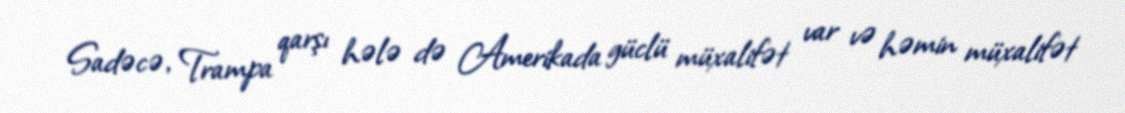
Sadəcə, Trampa qarşı hələ də Amerikada güclü müxalifət var və həmin müxalifət